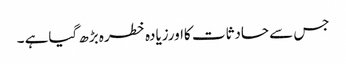
جس سے حادثات کااورزیادہ خطرہ بڑھ گیاہے ۔